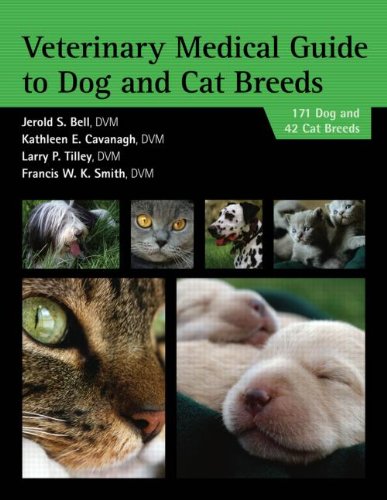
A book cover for Veterinary Medical Guide to Dog and Cat Breeds; Jerold S. Bell; Medical Books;